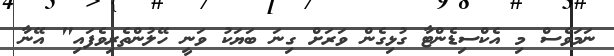
ނަމަވެސް މި އެކްސިޑެންޓާ ގުޅިގެން ވަރަށް ގިނަ ބަޔަކު ވަނީ ހޭލުންތެރިވެފައި" އޭނާ